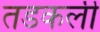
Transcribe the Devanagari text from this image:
तडकली